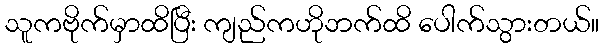
သူကဗိုက်မှာထိပြီး ကျည်ကဟိုဘက်ထိ ပေါက်သွားတယ်။